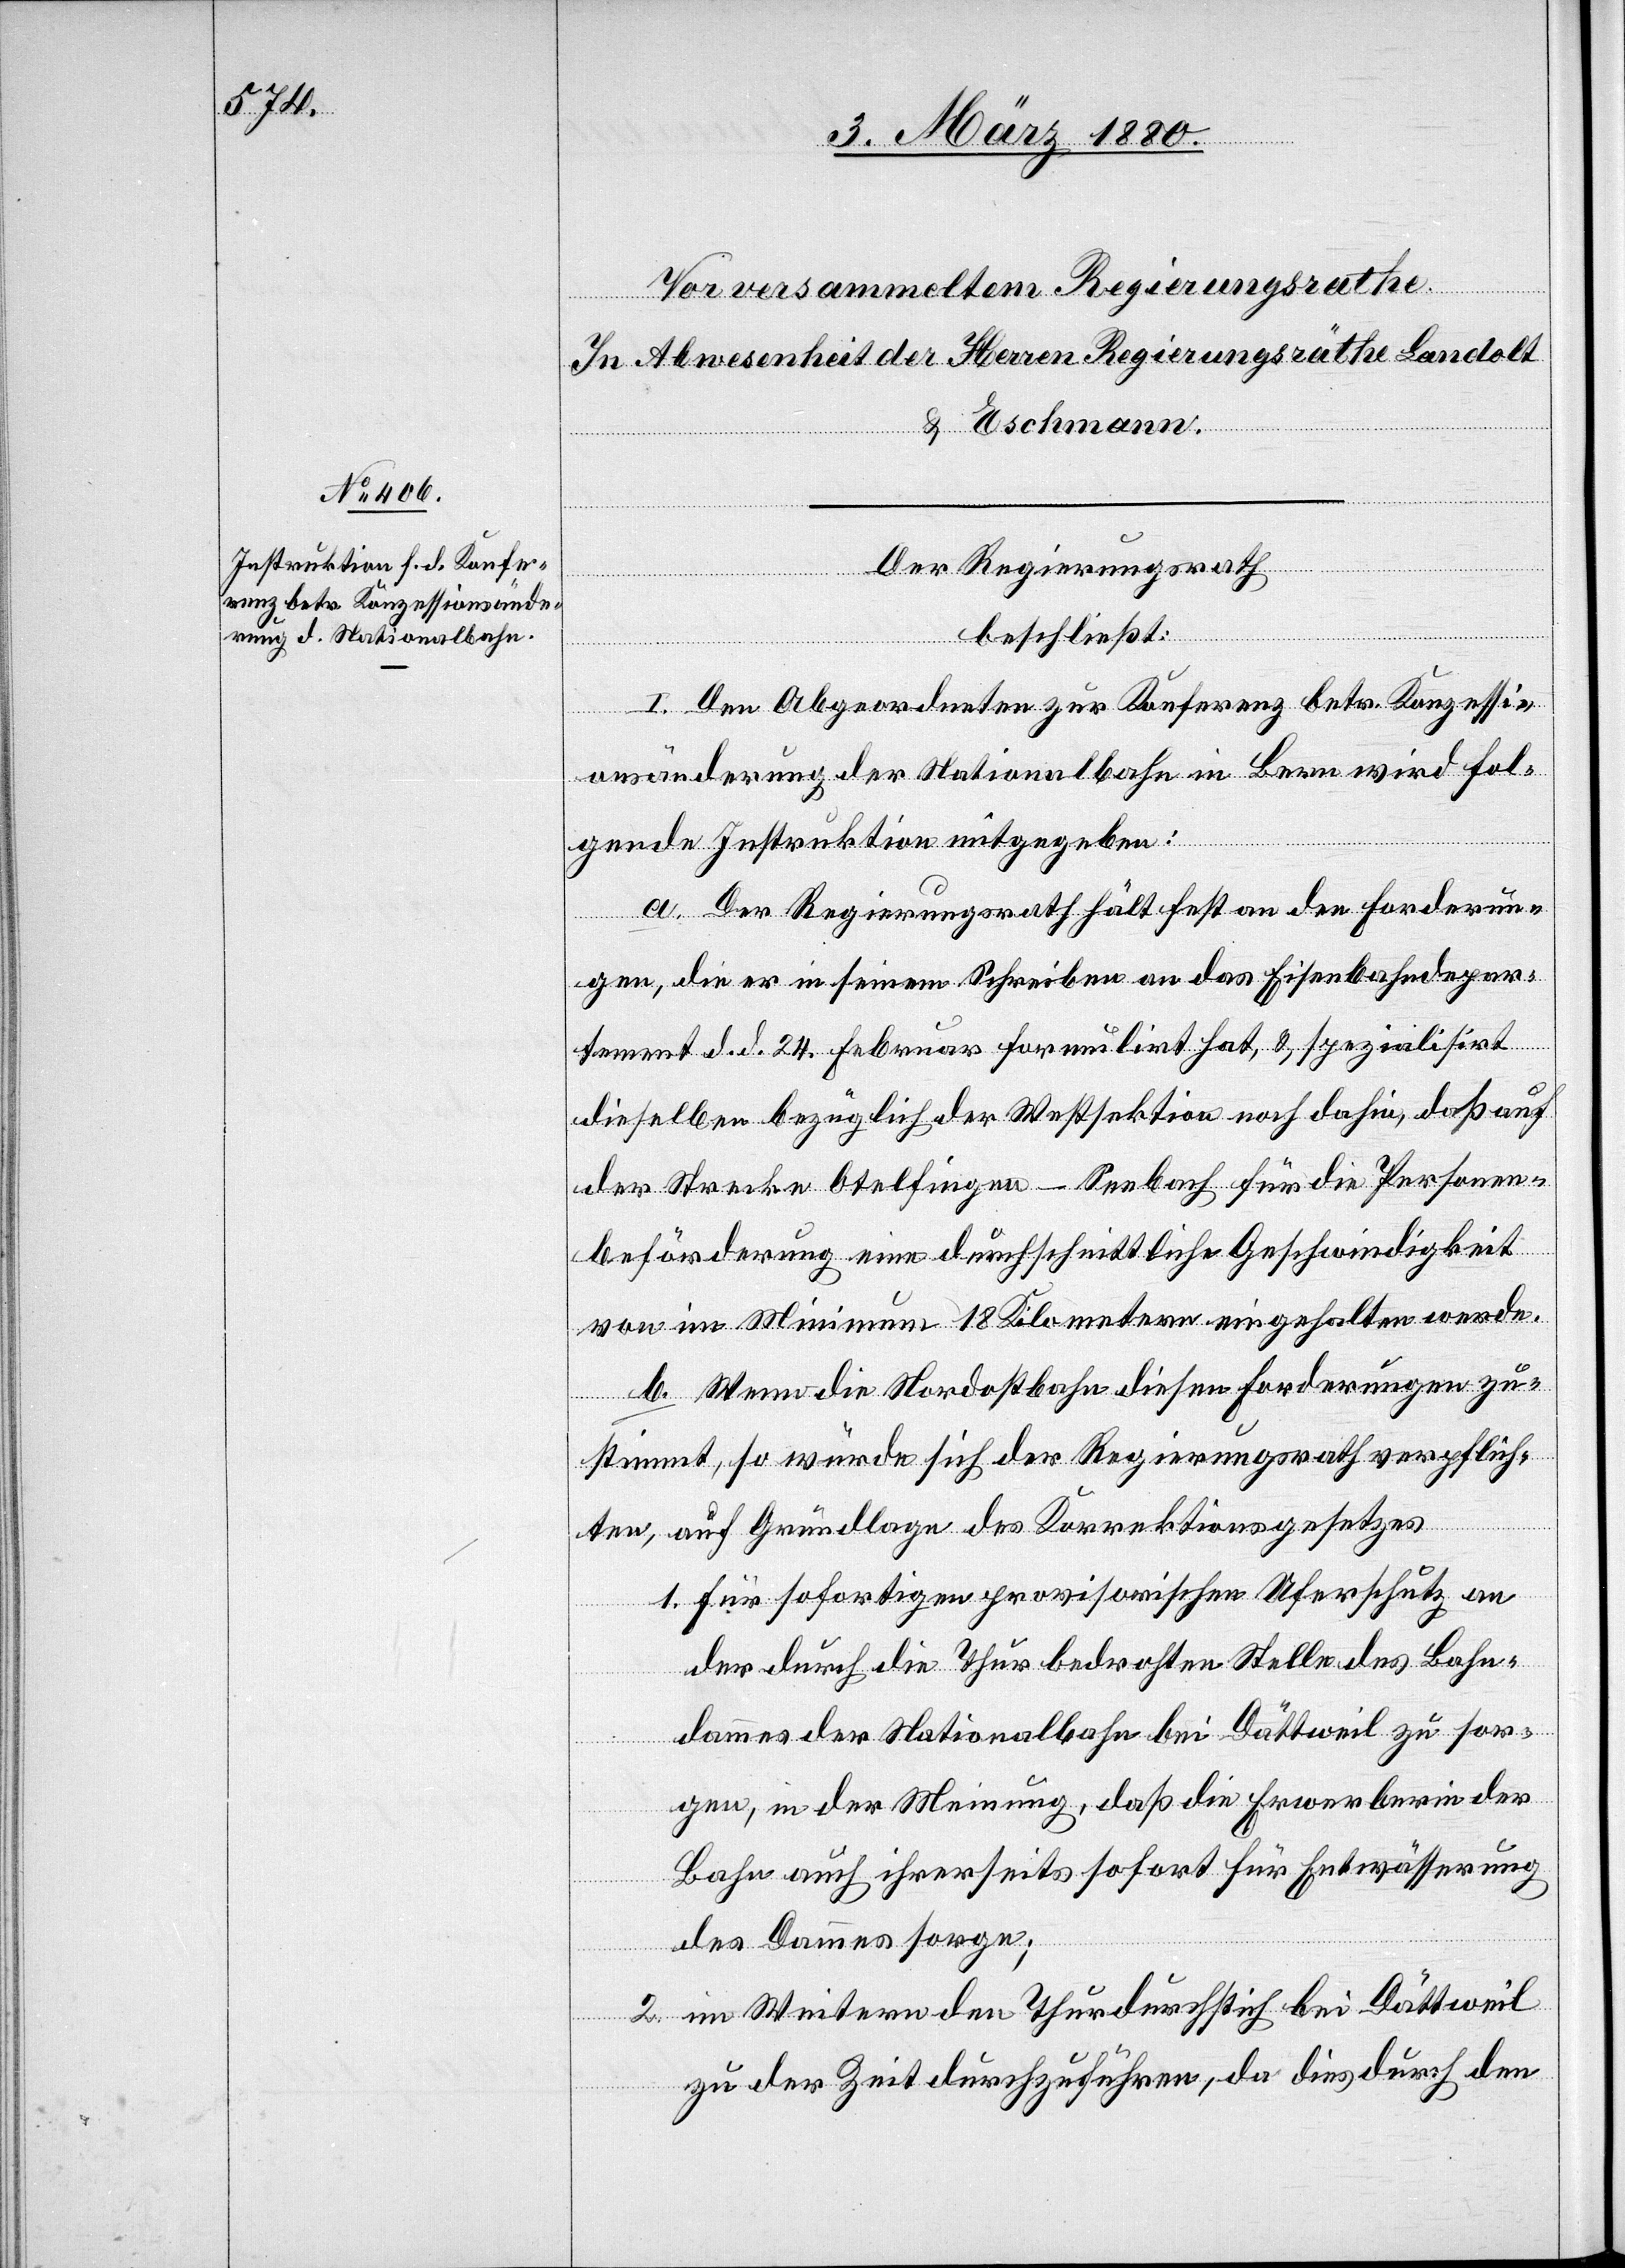
Der Regierungsrath,
beschließt:
I. Den Abgeordneten zur Konferenz betr. Konzessio¬
nsänderung der Nationalbahn in Bern wird fol¬
gende Instruktion mitgegeben:
a. Der Regierungsrath hält fest an den Forderun¬
gen, die er in seinem Schreiben an das Eisenbahndepar¬
tement d. d. 24. Februar formulirt hat, & spezialisirt
dieselben bezüglich der Westsektion noch dahin, daß auf
der Strecke Otelfingen–Seebach für die Personen¬
beförderung eine durchschnittliche Geschwindigkeit
von im Minimum 18 Kilometern eingehalten werde.
b. Wenn die Nordostbahn diesen Forderungen zu¬
stimmt, so würde sich der Regierungsrath verpflich¬
ten, auf Grundlage des Korrektionsgesetzes
1. für sofortigen provisorischen Uferschutz an
der durch die Thur bedrohten Stelle des Bahn¬
dammes der Nationalbahn bei Dättweil zu sor¬
gen, in der Meinung, daß die Erwerberin der
Bahn auch ihrerseits sofort für Entwässerung
des Dammes sorge;
2. im Weitern den Thurdurchstich bei Dättweil
zu der Zeit durchzuführen, da dies durch den